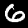
Label: 6